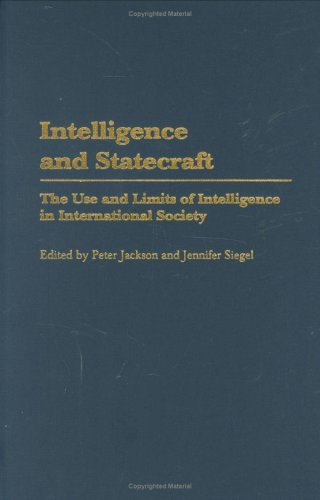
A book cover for Intelligence and Statecraft: The Use and Limits of Intelligence in International Society; Peter Jackson; Biographies & Memoirs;